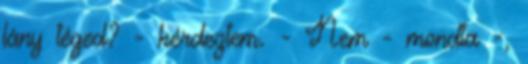
lány téged? - kérdeztem. - Nem - mondta -,